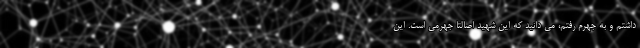
داشتم و به جهرم رفتم، می دانید که این شهید اصالتاً جهرمی است. این